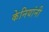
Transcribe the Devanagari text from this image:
केनियांनी